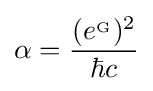
\alpha ={\frac {(e^{_{\mathrm {G} }})^{2}}{\hbar c}}